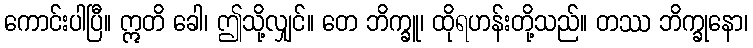
ကောင်းပါပြီ။ ဣတိ ခေါ၊ ဤသို့လျှင်။ တေ ဘိက္ခူ၊ ထိုရဟန်းတို့သည်။ တဿ ဘိက္ခုနော၊